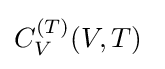
C_{V}^{(T)}(V,T)\